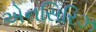
એનસિરિઝ